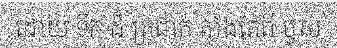
ដោយ ទឹក ដ៏ ត្រជាក់ តាំងតែពី ឫស